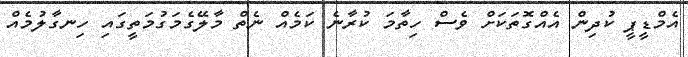
އެމްޑީޕީ ކުދިން އެއްގޮތަކަށް ވެސް ހިތާމަ ކުރާނެ ކަމެއް ނެތް މާލޭގެމަގުމަތީގައި ހިނގާލުމެއް